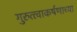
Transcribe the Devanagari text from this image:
गुरुत्त्वाकर्षणाच्या